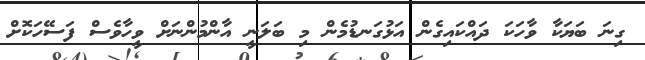
ގިނަ ބަޔަކާ ވާހަކަ ދައްކައިގެން އަޅުގަނޑުމެން މި ބަލަނީ އާންމުންނަށް ވީހާވެސް ފަސޭހަކޮށް